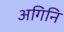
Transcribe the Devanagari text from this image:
अगिनि